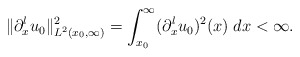
\begin{align*}\|\partial_x^lu_0\|_{L^2(x_0,\infty)}^2= \int_{x_0}^\infty (\partial_x^lu_0)^2(x) \; dx< \infty.\end{align*}